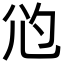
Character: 尦